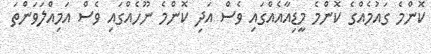
ކޮންމެ ގައުމެއްގެ ކޮންމެ މީޑިއާއެއްގައި ވެސް އަދި ކޮންމެ ނޫހެއްގައި ވެސް އަމިއްލަވަންތަ